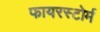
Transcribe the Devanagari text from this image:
फायरस्टोर्म